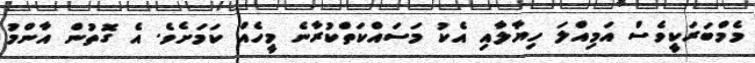
މެމްބަރަކީވެސް އަމިއްލަ ހިޔާލާއި އެކު މަސައްކަތްކުރާނެ މީހެއް ކަމަށެވެ. އެ ގޮތުން އާންމު